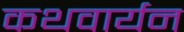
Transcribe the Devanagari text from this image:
कथवार्यन